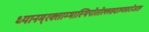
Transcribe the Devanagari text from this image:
ध्यानम्‌रक्ताम्भास्थिपोतोल्लसदरुणसरोजाङ